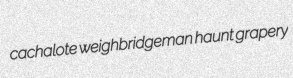
cachalote weighbridgeman haunt grapery